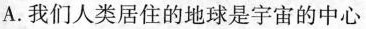
A.我们人类居住的地球是宇宙的中心